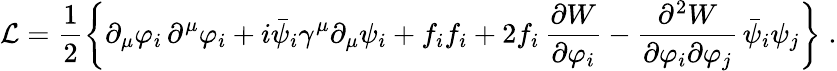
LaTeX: {\cal L}=\frac{1}{2}\left\{ \partial_{\mu}\varphi_{i}\, \partial^{\mu}\varphi_{i}+i\bar{\psi}_{i}\gamma^{\mu}\partial_{\mu}\psi_{i}+f_{i}f_{i}+2f_{i}\, \frac{\partial{W}}{\partial\varphi_{i}}-\frac{\partial^{2}{W}}{\partial\varphi_{i}\partial\varphi_{j}}\, \bar{\psi}_{i}\psi_{j}\right\} \; .